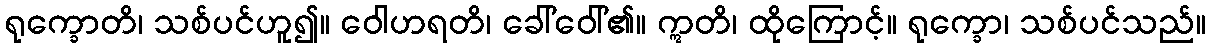
ရုက္ခောတိ၊ သစ်ပင်ဟူ၍။ ဝေါဟရတိ၊ ခေါ်ဝေါ်၏။ ဣတိ၊ ထိုကြောင့်။ ရုက္ခော၊ သစ်ပင်သည်။